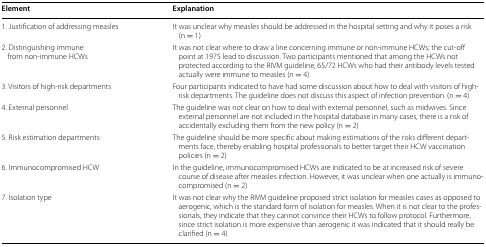
| Element | Explanation |
 | --- | --- |
 | 1. Justification of addressing measles | It was unclear why measles should be addressed in the hospital setting and why it poses a risk (n = 1) |
 | 2. Distinguishing immune from non-immune HCWs | It was not clear where to draw a line concerning immune or non-immune HCWs; the cut-off point at 1975 lead to discussion. Two participants mentioned that among the HCWs not protected according to the RIVM guideline, 65/72 HCWs who had their antibody levels tested actually were immune to measles (n = 4) |
 | 3. Visitors of high-risk departments | Four participants indicated to have had some discussion about how to deal with visitors of high-risk departments. The guideline does not discuss this aspect of infection prevention. (n = 4) |
 | 4. External personnel | The guideline was not clear on how to deal with external personnel, such as midwives. Since external personnel are not included in the hospital database in many cases, there is a risk of accidentally excluding them from the new policy (n = 2) |
 | 5. Risk estimation departments | The guideline should be more specific about making estimations of the risks different departments face, thereby enabling hospital professionals to better target their HCW vaccination policies (n = 2) |
 | 6. Immunocompromised HCW | In the guideline, immunocompromised HCWs are indicated to be at increased risk of severe course of disease after measles infection. However, it was unclear when one actually is immunocompromised (n = 2) |
 | 7. Isolation type | It was not clear why the RIVM guideline proposed strict isolation for measles cases as opposed to aerogenic, which is the standard form of isolation for measles. When it is not clear to the professionals, they indicate that they cannot convince their HCWs to follow protocol. Furthermore, since strict isolation is more expensive than aerogenic it was indicated that it should really be clarified (n = 4) |